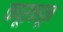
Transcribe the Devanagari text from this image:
कपूरकडून